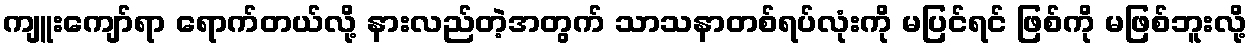
ကျူးကျော်ရာ ရောက်တယ်လို့ နားလည်တဲ့အတွက် သာသနာတစ်ရပ်လုံးကို မပြင်ရင် ဖြစ်ကို မဖြစ်ဘူးလို့